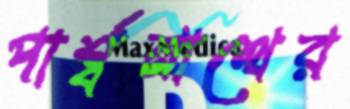
পার্শ্বনাথের